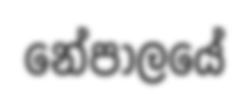
නේපාලයේ